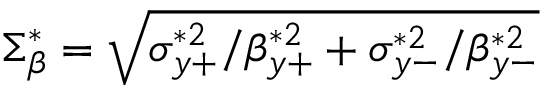
\Sigma _ { \beta } ^ { * } = \sqrt { \sigma _ { y + } ^ { * 2 } / \beta _ { y + } ^ { * 2 } + \sigma _ { y - } ^ { * 2 } / \beta _ { y - } ^ { * 2 } }